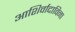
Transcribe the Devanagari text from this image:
आशिर्वादाविना